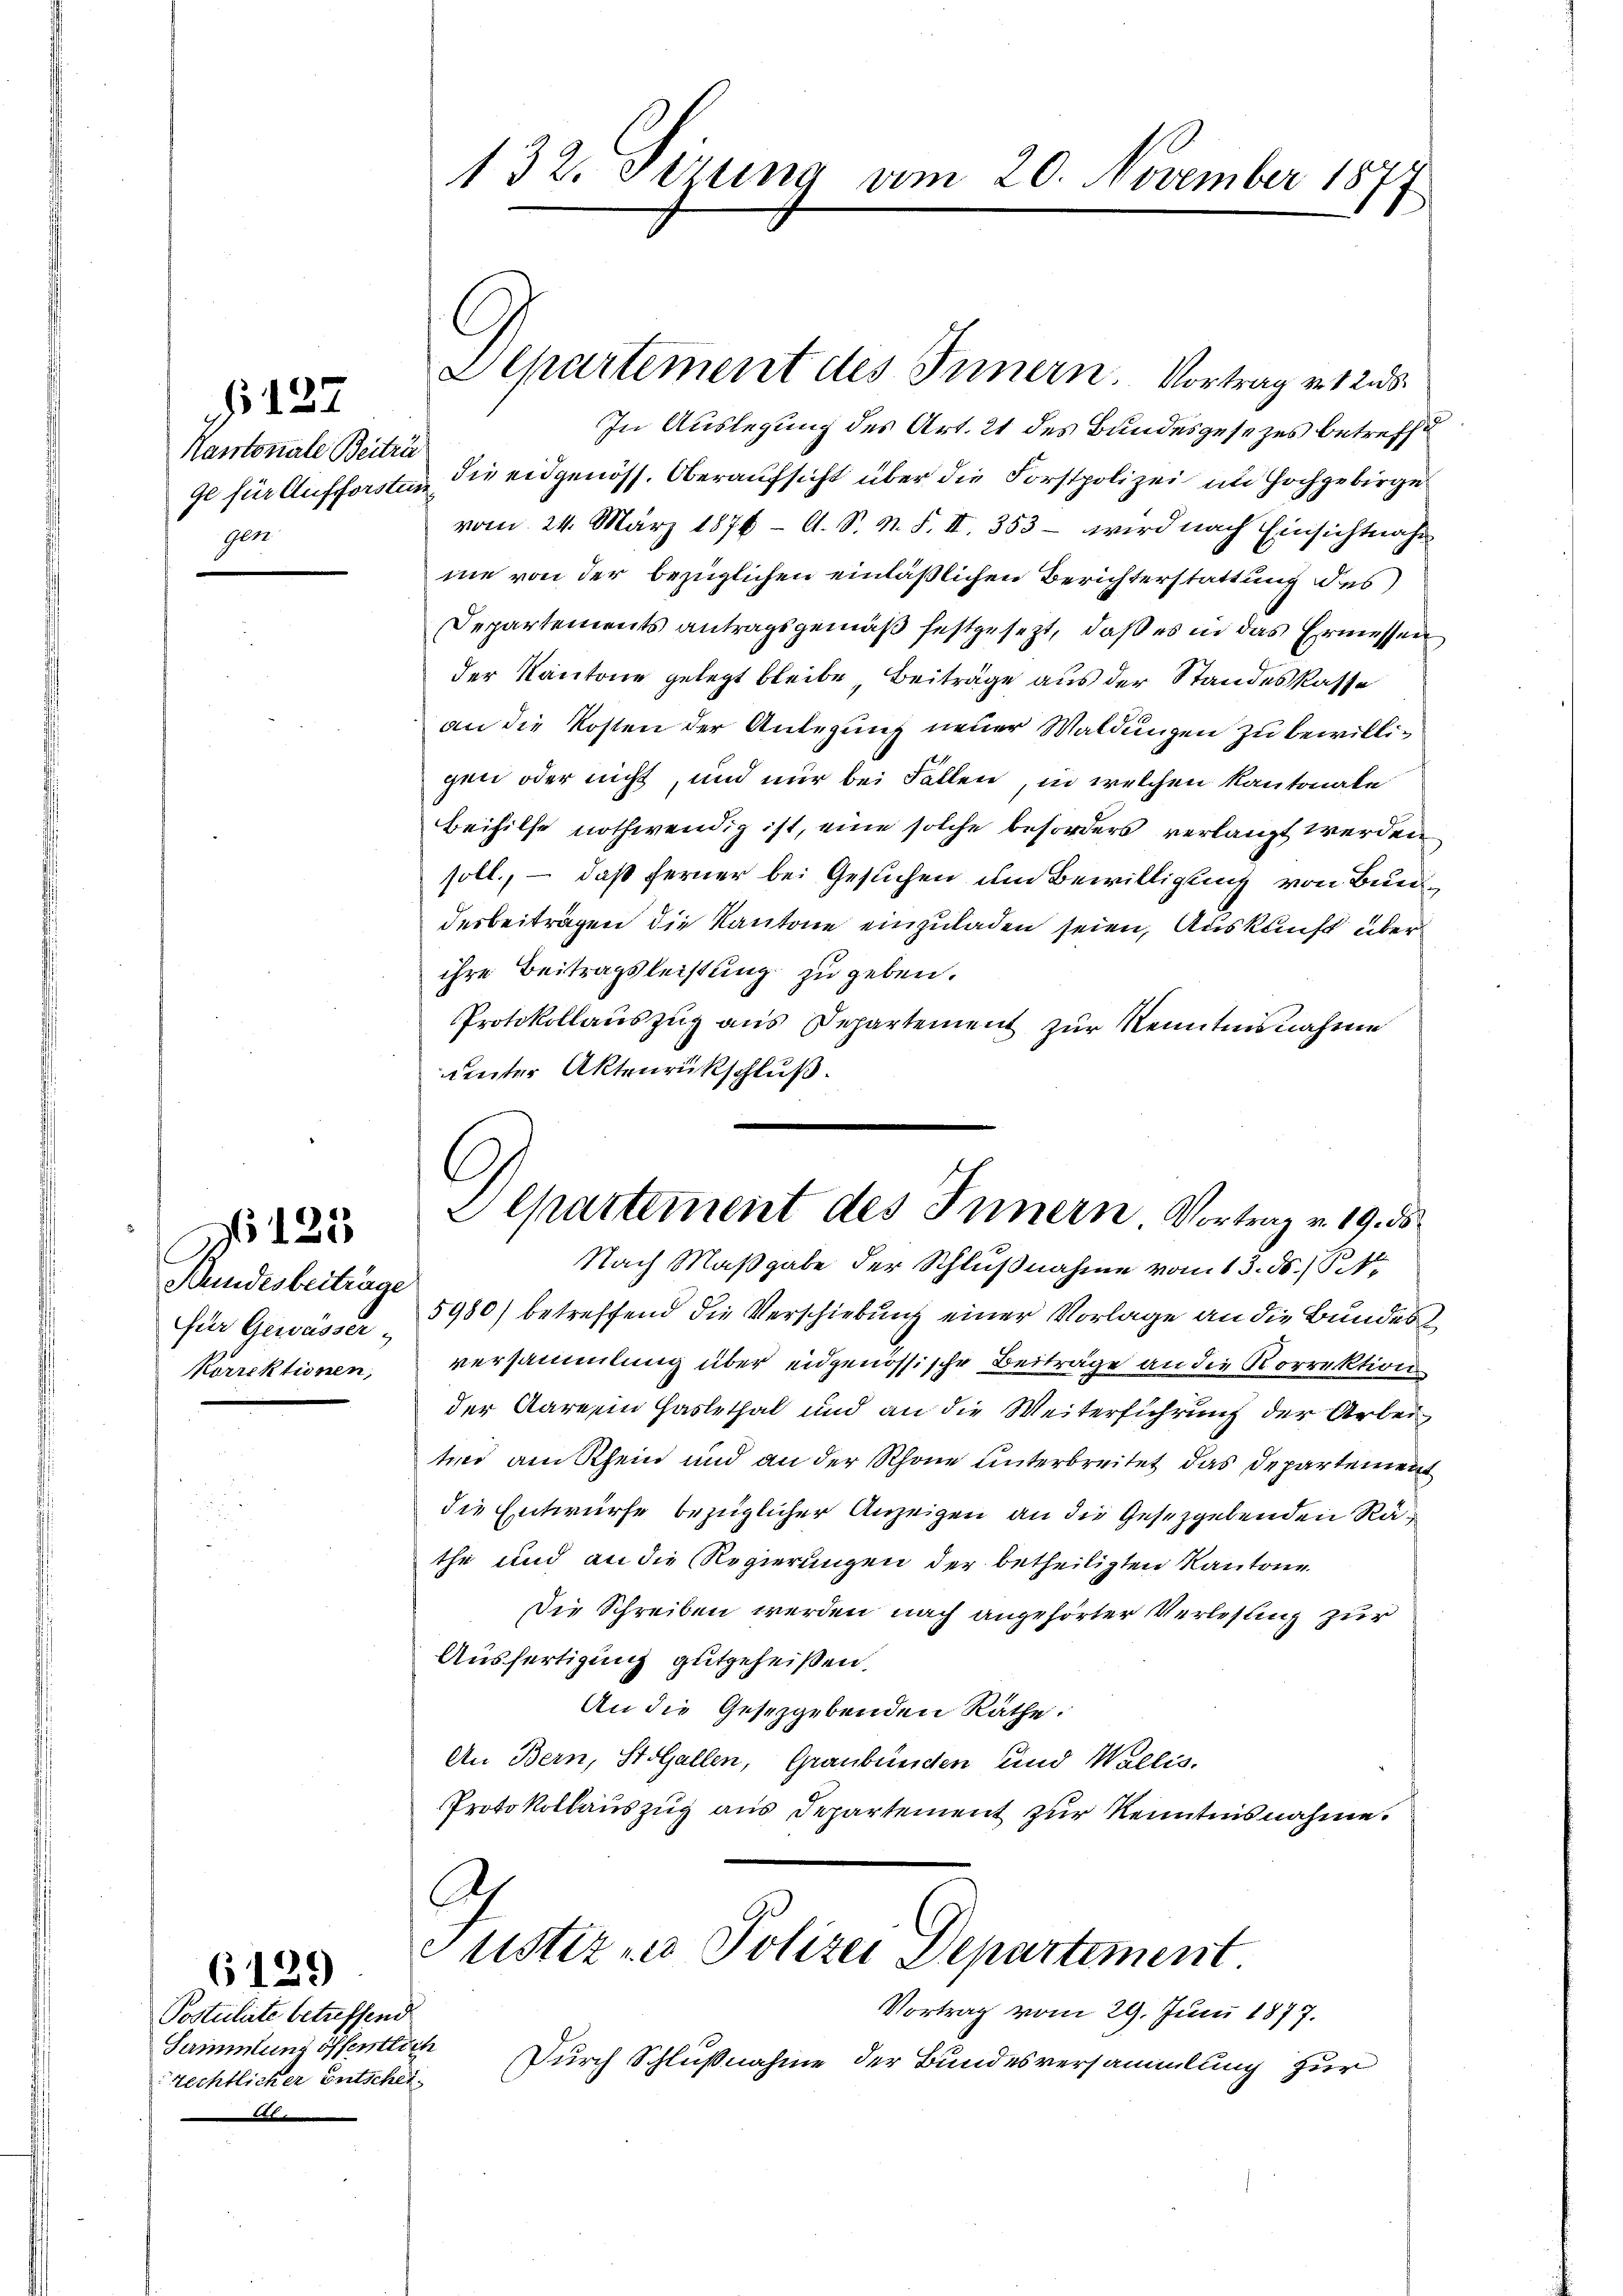
Kantonale Beiträ
gen

§ 122

Bundesbeitrage
für Gewässer

123

Postulirte betreffend
Sammlung öffentlich
rechtlicher Entschei¬
2

6129

132. Ferung vom 20. November 187

Departement des Innern. Vortrag et 25.
In Auslegung des Art. 21 des Bundesgesezes betreffe
ge für Aufforsten, die eidgenöss. Oberaufsicht über die Forstpolizei im Hochgebirge
vom 24. März 1876 — A. S. N. F. II. 353 - wird nach Einsichtnahm
ne von der bezüglichen einläßlichen Berichterstattung des
Departements antragsgemäß festgesezt, daß es in das Ermessen
der Kantone gelegt bleibe, Beiträge aus der Standeskasse
an die Kosten der Anlegung neuer Waldungen zu bewilligen oder nicht, und nur bei Fällen, in welchen Kantonale
Beihilfe nothwendig ist, eine solche beforders verlangt werden
soll, – daß ferner bei Gesuchen um Bewilligung von Bundesbeiträgen die Kantone einzuladen seien, Auskunft über
ihre Beitragsleistung zu geben.
Protokollauszug aus Departement zur Kenntnisnahme
unter Aktenrückschluß.

Departement des Innern Vortrag v. 19. ds

Nach Maßgabe der Schlußnahme vom 13. ds. /1
5980) betreffend die Verschiebung einer Vorlage an die Bundes
Korrektionen, versammlung über eidgenössische Beiträge an die Korrektion
der Aare ein Haslethal und an die Weiterführung der Arbei
tino am Rhein und an der Schöne unterbreitet das Departement
die Entwurfe bezüglicher Anzeigen an die Gesetzgebenden Rathe und an die Regierungen der betheiligten Kantone
Die Schreiben werden nach angehörter Verlesung zur
Ausfertigung gutgeheißen.
An die Gesetzgebenden Räthe.
An Bern, Stolallen, Graubünden und Wallis.
Protokollauszug aus Departement zur Kenntnisnahme.

A
Justiz - Polizei Departement.
Vortrag vom 29. Juni 1877.

Durch Schlußnahme der Bundesversammlung zur